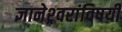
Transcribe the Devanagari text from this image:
ज्ञानेश्र्वरांविषयी